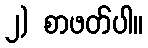
၂) စာဖတ်ပါ။